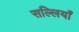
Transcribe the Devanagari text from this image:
सल्लियाँ